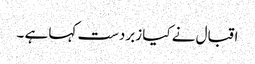
اقبال نے کیا زبردست کہا ہے ۔